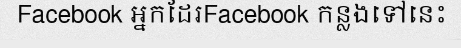
Facebook អ្នកដែរFacebook កន្លងទៅនេះ